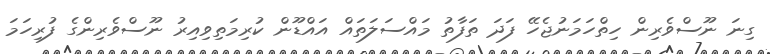
ގިނަ ނޫސްވެރިން ހިތްހަމަނުޖެހޭ ފަދަ ތަފާތު މައްސަލަތައް އައްޑޫން ކުރިމަތިވިއިރު ނޫސްވެރިންގެ ފުރިހަމަ